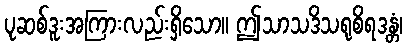
ပုဆစ်ဒူးအကြားလည်းရှိသော။ ဤသာသဒိသရုစိရဒန္တံ၊